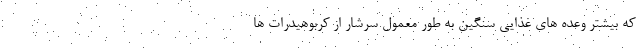
که بیشتر وعده های غذایی سنگین به طور معمول سرشار از کربوهیدرات ها